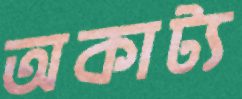
অকাট্য